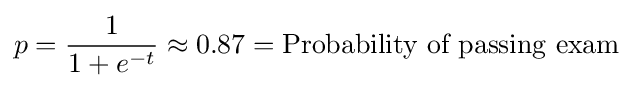
p={\frac {1}{1+e^{-t}}}\approx 0.87={\text{Probability of passing exam}}